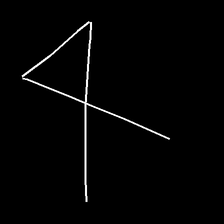
Glyph: collection